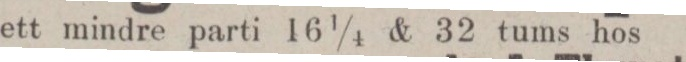
ett mindre parti 16 1/4 & 32 tums hos